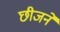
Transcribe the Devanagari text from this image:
छीजने